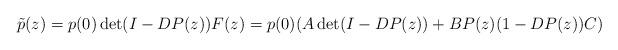
LaTeX: \begin{align*}\tilde{p}(z) = p(0)\det(I-DP(z))F(z) =p(0)( A\det(I-DP(z)) +BP(z) (1-DP(z)) C)\end{align*}